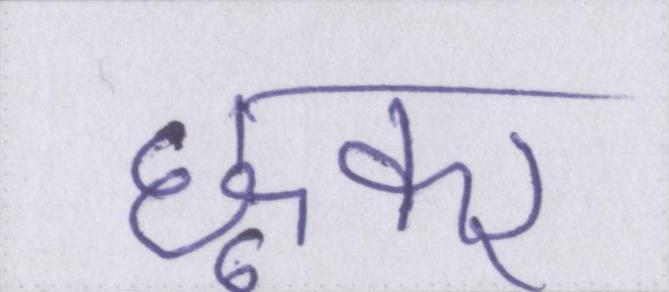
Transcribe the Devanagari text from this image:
छूकर